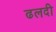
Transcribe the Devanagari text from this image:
ढलदी